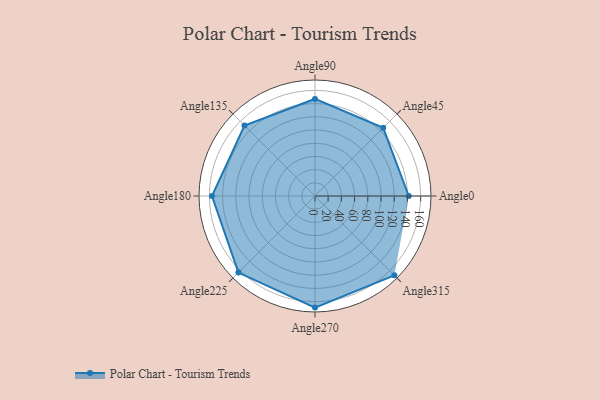
{"axis": {"x": "Angle", "y": "Radius"}, "legend": [""], "data": [{"x": "Angle0", "y": 142.0, "type": ""}, {"x": "Angle45", "y": 146.0, "type": ""}, {"x": "Angle90", "y": 147.0, "type": ""}, {"x": "Angle135", "y": 151.0, "type": ""}, {"x": "Angle180", "y": 156.0, "type": ""}, {"x": "Angle225", "y": 164.0, "type": ""}, {"x": "Angle270", "y": 169.0, "type": ""}, {"x": "Angle315", "y": 170, "type": ""}]}